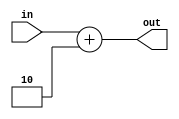
module add2(in,out);

input [7:0]in;
output [7:0]out;

assign out=in+2;

endmodule